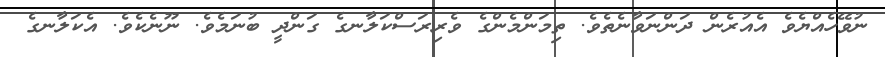
ނުވޭހެއްޔެވެ އެއުރެން ދަންނަވާނެތެވެ. ތިމަންމެންގެ ވެރިރަސްކަލާނގެ ގަންދީ ބުނަމެވެ. ނޫނެކެވެ. އެކަލާނގެ